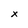
Character: x